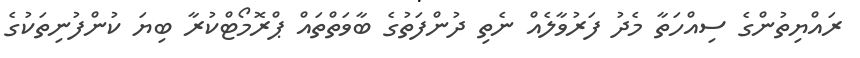
ރައްޔިތުންގެ ސިއްހަތާ މެދު ފަރުވާލެއް ނެތި ދުންފަތުގެ ބާވަތްތައް ޕްރޮމޯޓްކުރާ ބިޔަ ކުންފުނިތަކުގެ